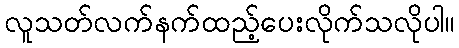
လူသတ်လက်နက်ထည့်ပေးလိုက်သလိုပါ။